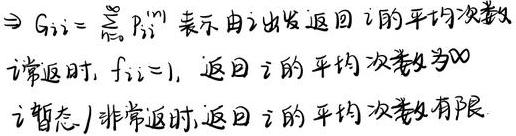
$\Rightarrow G_{i i}=\sum_{n=0}^{\infty} P_{i i}^{(n)}$ 表示由 $i$ 出发返回 $i$ 的平均次数

$i$ 常返时, $f_{i i}=1$, 返回 $i$ 的平均次数为 $\infty$

$i$ 暂态/非常返时, 返回 $i$ 的平均次数有限